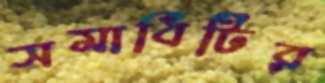
সমাধিটির